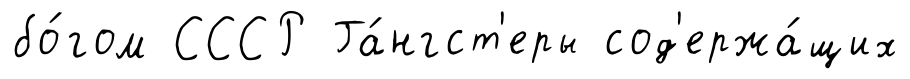
бо́гом СССР Га́нгст'еры сод'ержа́щих